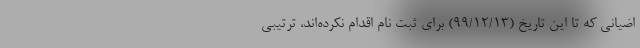
اضیانی که تا این تاریخ (۹۹/۱۲/۱۳) برای ثبت نام اقدام نکرده‌اند، ترتیبی